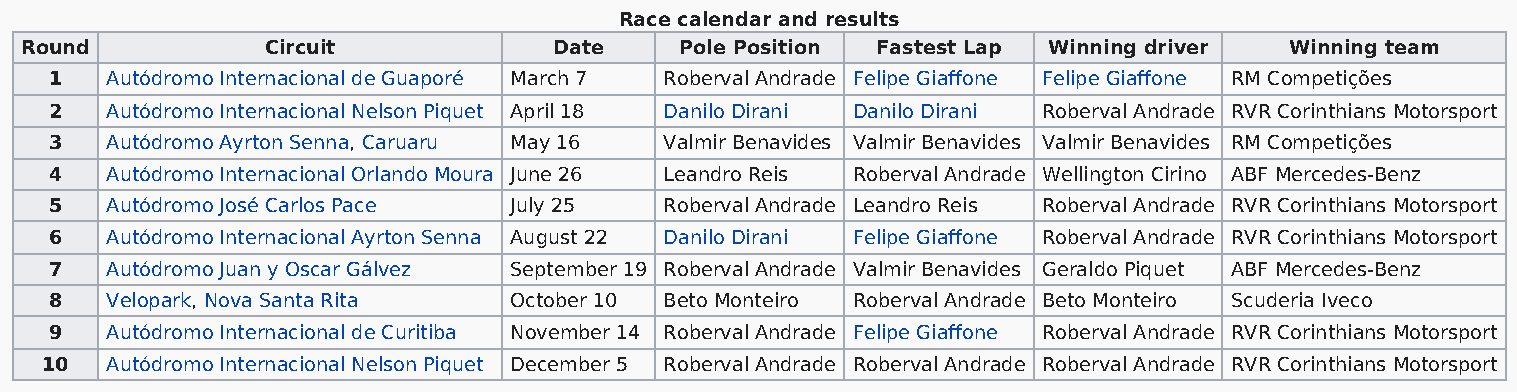
Race calendar and results
 Round            Circuit            Date    Pole Position Fastest Lap Winning driver Winning team
 1   Autódromo Internacional de Guaporé March 7 Roberval Andrade Felipe Giaffone Felipe Giaffone RM Competições
 2   Autódromo Internacional Nelson Piquet April 18 Danilo Dirani Danilo Dirani Roberval Andrade RVR Corinthians Motorsport
 3   Autódromo Ayrton Senna, Caruaru May 16 Valmir Benavides Valmir Benavides Valmir Benavides RM Competições
 4   Autódromo Internacional Orlando Moura June 26 Leandro Reis Roberval Andrade Wellington Cirino ABF Mercedes-Benz
 5   Autódromo José Carlos Pace July 25   Roberval Andrade Leandro Reis Roberval Andrade RVR Corinthians Motorsport
 6   Autódromo Internacional Ayrton Senna August 22 Danilo Dirani Felipe Giaffone Roberval Andrade RVR Corinthians Motorsport
 7   Autódromo Juan y Oscar Gálvez September 19 Roberval Andrade Valmir Benavides Geraldo Piquet ABF Mercedes-Benz
 8   Velopark, Nova Santa Rita  October 10 Beto Monteiro Roberval Andrade Beto Monteiro Scuderia Iveco
 9   Autódromo Internacional de Curitiba November 14 Roberval Andrade Felipe Giaffone Roberval Andrade RVR Corinthians Motorsport
 10  Autódromo Internacional Nelson Piquet December 5 Roberval Andrade Roberval Andrade Roberval Andrade RVR Corinthians Motorsport